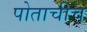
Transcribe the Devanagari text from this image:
पोताचीच